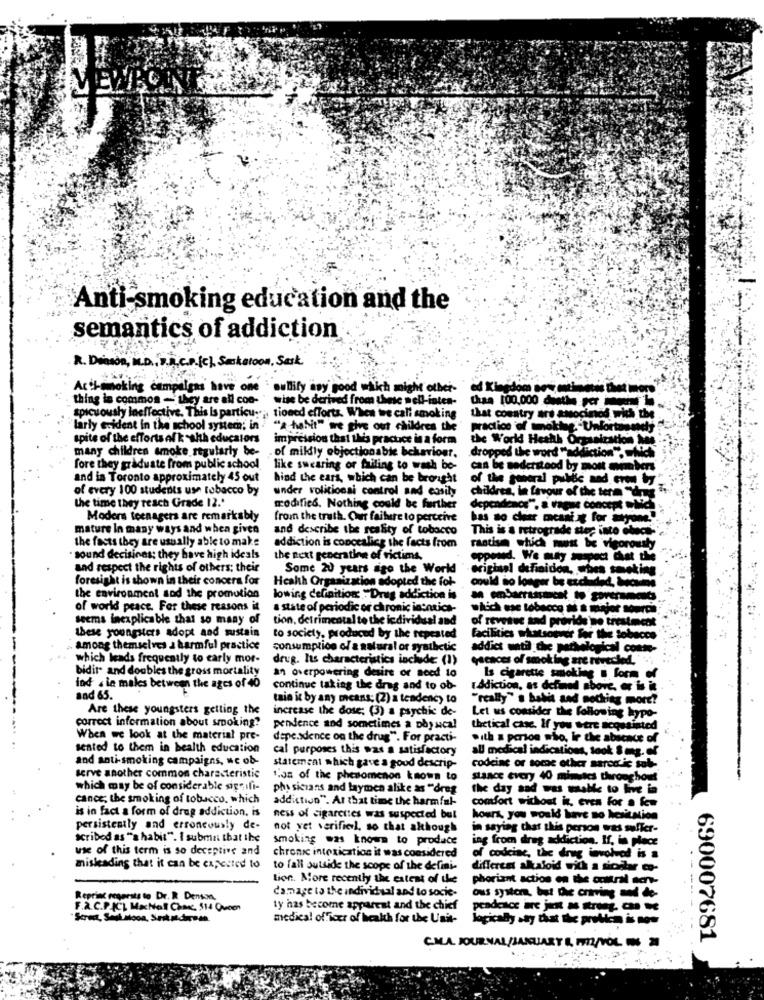
Anti-smoking education and the
semantics of addiction
R. Dinon, M.D. Price.ich Saskatoon, Sark
....
Asthemaking campaigns have one nullify any good which might other-
ed Kingdom set estimates thet more
thing in common - they are all con- ' wise be derived from these nell-istes-
Chas 100.000 dethe **
spicuously laeffective. This is particu :,, tioned efforts. When we call smoking
that country ard amocined wich the
larly evident in the school system; in. "A habit" we give out children the
practice of tokteg. Unfortasse
spite of the efforts of k-sith educators
impression that this practice in a form
the World Health Organization ho
many children smoke regularly be- of mildly objectionable behaviour.
dropped the word "addiction". - Nie
fore they graduate from public school
like swearing or failing to wash bo-
can be nederstood by most members
and in Toronto approximately 45 out
hind the ears, which can be brought
of the general public and Grey
of every 100 students use tobacco by
under volitionsi control and easily
children, in favour of the term "dn
the time they reach Grade 12.'
modifico. Nothing could be further
dependence", a l'aguse concept Nie
Moders teenagers are remarkably
from the truth. Our failure to perceive
bas so chear meant g for siyon
mature In many ways and when given
and describe the reality of tobacco
This is a retrograde step into chech-
the fasts they are usually able to make
rastisen which must be vigorously
addiction is concealing the facts from
· sound decisinas; they have high ideals
the next generation of victims,
opposed. We- -- at the
and respect the rights of others; their
Some 20 years ago the World
original definition, when smoking.
foresight is shown in their concera for
Health Organization adopted the for-
could no longer be excluded, braun
the environment sod the promotion
lowing definition: ""Drug addiction is
of world peace. For these reasons it
a state of periodic or chronic intntica-
Seems inexplicable that so many of
tion, detrimental to the individual and
of revenue and provide no trestimcot
these youngsters adopt and sustain
to society, produced by the repeated
facilities whatsoever for the tobacco
among themselves a harmful practice
consumption of a natural or synthetic
addict watil the pathological conte
which leads frequently to early mor-
drug. Its characteristics inchide (1)
cacaces of smoking are rereched,
bidit- and doubles the gross mortality
an overpowering desire or need to
Is cigarette smoking s form of
ind . in males between the ages of 40
continue taking the drug and to ob-
ISdiction, as defined above, er is it
and 65.
tain it by any means; (2) a tendency to
"really". babit and nothing more?
Are these youngsters getting the
increase the dose; (3) a psychic de-
Let us consider the following hypo-
correct information about smoking?
pendence and sometimes a physical
thetical case. If you were acquainted
When we look at the material pre-
depe.sdence on the drug". For practi-
with a person who, ir the absence of
sented to them in health education
cal purposes this was a satisfactory
all medical indications, took S og. of
and anti-smoking campaigns, wc ob-
statement which gave a good descrip-
codeine or some other sarestic sob-
serve another common characteristic
"os of the phenomenon known to
stance every 40 minutes throughout
which may be of considerable signifi-
physicians and laymen alike as "dreg
the day sad was make to live in
cance, the smoking of tobacco. which
addiction". At that time the harmful-
confort wichout in. even for a few
is in fact a form of drug addiction, is
ness of cigarettes was suspected but
hours, you would have no hesitation
persistently and erroneously de-
not yet verifiel, so that although
in saying that this person was suffer-
scribed as "a habit". I subma that the
smoking was known to produce
ing from drug addiction. If, in place
use of this term is so deceptive and
chronic intoxication it was considered
of codcise, the drug involved is a
misleading that it can be expected to
to fall outside the scope of the defmi-
different alkaloid with a sicitar co-
tion. More recently the extent of the
phoriant action on the coltral sen-
damage to the individual and to socie-
Reprint respects to Dr. R. Denson,
ous system, but Chie cnrving and de-
---- -
F.A.C.P.ICL MaxNel Chase, 514 Queen
ty has become apparent and the chief
Scrat, Sadisloon, Soandoroma.
medical officer of health for the Unit-
logically say that the problem is now
CMLA JOURNAL/JANUARY & #12/VOL. 6 2
690007681